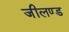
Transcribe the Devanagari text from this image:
जीलण्ड